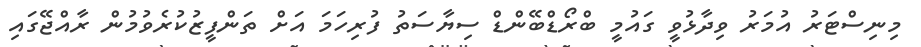
މިނިސްޓަރު އުމަރު ވިދާޅުވީ ގައުމީ ބްރޯޑްބޭންޑް ސިޔާސަތު ފުރިހަމަ އަށް ތަންފީޒުކުރެވުމުން ރާއްޖޭގައި